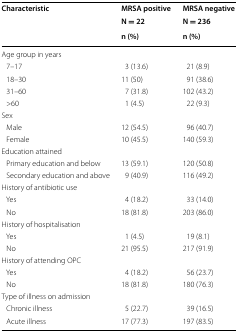
<table><thead><tr><td rowspan="3"><b>Characteristic</b></td><td><b>MRSA positive</b></td><td><b>MRSA negative</b></td></tr><tr><td><b>N = 22</b></td><td><b>N = 236</b></td></tr><tr><td><b>n (%)</b></td><td><b>n (%)</b></td></tr></thead><tbody><tr><td colspan="3">Age group in years</td></tr><tr><td> 7–17</td><td>3 (13.6)</td><td>21 (8.9)</td></tr><tr><td> 18–30</td><td>11 (50)</td><td>91 (38.6)</td></tr><tr><td> 31–60</td><td>7 (31.8)</td><td>102 (43.2)</td></tr><tr><td> &gt;60</td><td>1 (4.5)</td><td>22 (9.3)</td></tr><tr><td colspan="3">Sex</td></tr><tr><td> Male</td><td>12 (54.5)</td><td>96 (40.7)</td></tr><tr><td> Female</td><td>10 (45.5)</td><td>140 (59.3)</td></tr><tr><td colspan="3">Education attained</td></tr><tr><td> Primary education and below</td><td>13 (59.1)</td><td>120 (50.8)</td></tr><tr><td> Secondary education and above</td><td>9 (40.9)</td><td>116 (49.2)</td></tr><tr><td colspan="3">History of antibiotic use</td></tr><tr><td> Yes</td><td>4 (18.2)</td><td>33 (14.0)</td></tr><tr><td> No</td><td>18 (81.8)</td><td>203 (86.0)</td></tr><tr><td colspan="3">History of hospitalisation</td></tr><tr><td> Yes</td><td>1 (4.5)</td><td>19 (8.1)</td></tr><tr><td> No</td><td>21 (95.5)</td><td>217 (91.9)</td></tr><tr><td colspan="3">History of attending OPC</td></tr><tr><td> Yes</td><td>4 (18.2)</td><td>56 (23.7)</td></tr><tr><td> No</td><td>18 (81.8)</td><td>180 (76.3)</td></tr><tr><td colspan="3">Type of illness on admission</td></tr><tr><td> Chronic illness</td><td>5 (22.7)</td><td>39 (16.5)</td></tr><tr><td> Acute illness</td><td>17 (77.3)</td><td>197 (83.5)</td></tr></tbody></table>